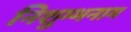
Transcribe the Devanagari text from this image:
निशुम्भनाम